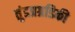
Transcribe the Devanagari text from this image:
तुंडप्रग्रडिकी